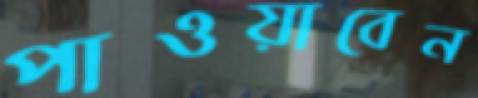
পাওয়াবেন